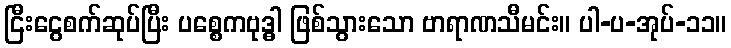
ငြီးငွေစက်ဆုပ်ပြီး ပစ္စေကဗုဒ္ဓါ ဖြစ်သွားသော ဗာရာဏသီမင်း။ ပါ-ပ-အုပ်-၁၁။